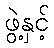
ဖွဲ့နှင့်